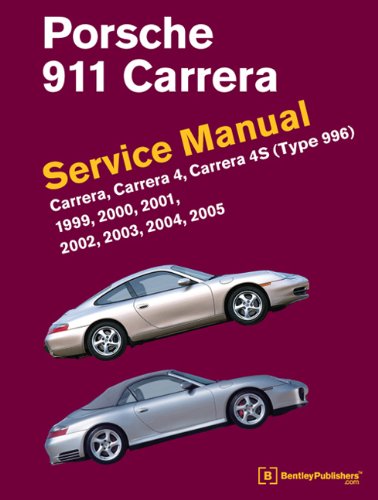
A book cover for Porsche 911 Carrera (Type 996) Service Manual: 1999, 2000, 2001, 2002, 2003, 2004, 2005; Bentley Publishers; Engineering & Transportation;